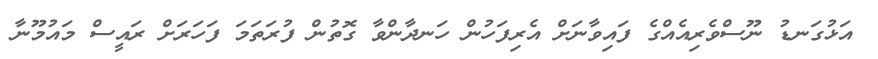
އަޅުގަނޑު ނޫސްވެރިއެއްގެ ފައިވާނަށް އެރިފަހުން ހަނދާންވާ ގޮތުން ފުރަތަމަ ފަހަރަށް ރައީސް މައުމޫނާ